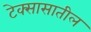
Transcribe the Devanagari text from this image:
टेक्सासातील